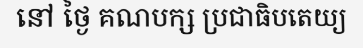
នៅ ថ្ងៃ គណបក្ស ប្រជាធិបតេយ្យ